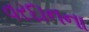
વરદાનના